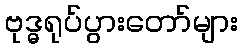
ဗုဒ္ဓရုပ်ပွားတော်များ